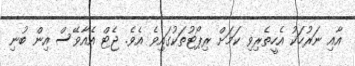
އާއި ނަރުހަކު އެހީތެރިވި ކަމަށް ރިޕޯޓުތަކުގައިވެ އެވެ. ޖެޓް އެއާވޭސް އިން ބުނި